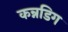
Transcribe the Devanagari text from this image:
कन्नडिग